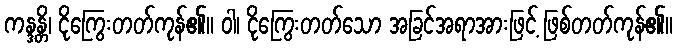
ကန္ဒန္တိ၊ ငိုကြွေးတတ်ကုန်၏။ ဝါ၊ ငိုကြွေးတတ်သော အခြင်အရာအားဖြင့် ဖြစ်တတ်ကုန်၏။